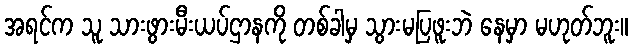
အရင်က သူ သားဖွားမီးယပ်ဌာနကို တစ်ခါမှ သွားမပြဖူးဘဲ နေမှာ မဟုတ်ဘူး။